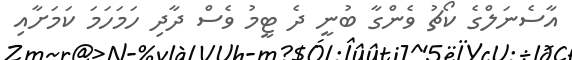
އާސެނަލްގެ ކޯޗު ވެންގާ ބުނީ ދެ ޓީމު ވެސް ދާދި ހަމަހަމަ ކަމަށާއި